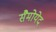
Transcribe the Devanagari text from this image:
सैमोयेद